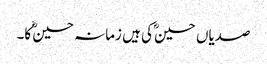
صدیاں حسینؓ کی ہیں زمانہ حسینؓ کا۔